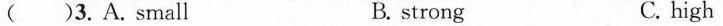
( )3. A. small B. strong C. high